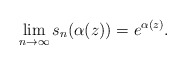
\begin{align*}\lim_{n \rightarrow \infty} s_n(\alpha(z)) = e^{\alpha(z)}.\end{align*}